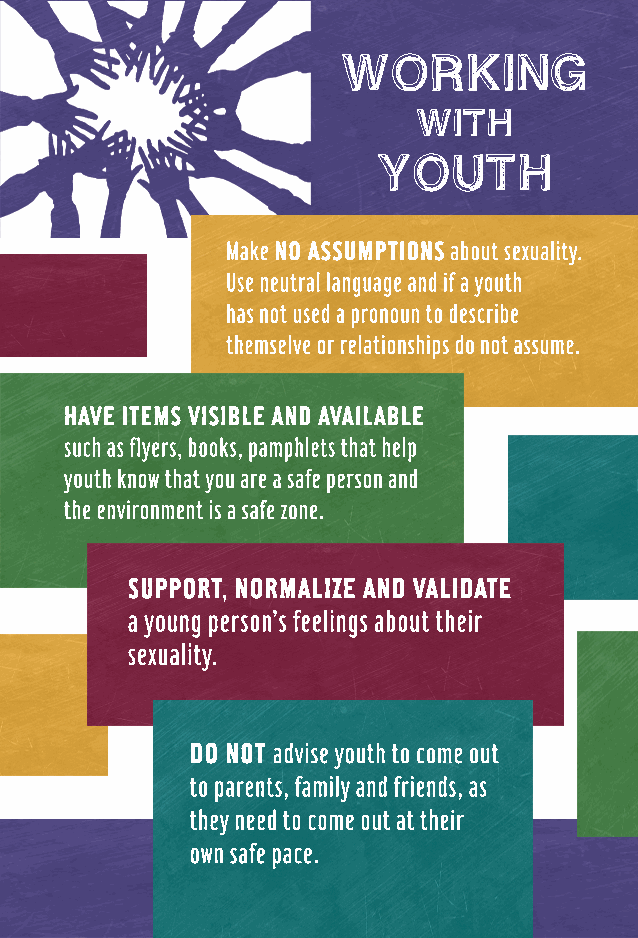
WORKING
 WITH
 YOUTH
 Make NO ASSUMPTIONS about sexuality.
 Use neutral language and if a youth
 has not used a pronoun to describe
 themselve or relationships do not assume.
 HAVE ITEMS VISIBLE AND AVAILABLE
 such as flyers, books, pamphlets that help
 youth know that you are a safe person and
 the environment is a safe zone.
 SUPPORT, NORMALIZE AND VALIDATE
 a young person’s feelings about their
 sexuality.
 DO NOT advise youth to come out
 to parents, family and friends, as
 they need to come out at their
 own safe pace.